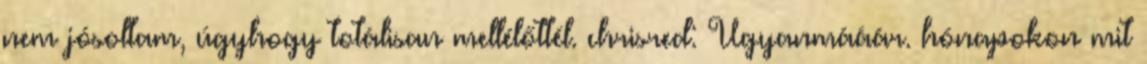
nem jósoltam, úgyhogy totálisan mellélőttél. chrisred: Ugyanmááár. hónapokon mit